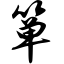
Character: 箪